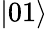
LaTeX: |01\rangle